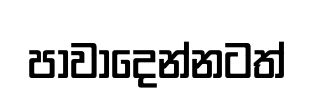
පාවාදෙන්නටත්